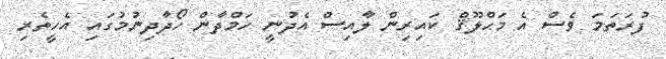
ފުރަތަަމަ ވެސް އެ މަޙްލޫޤް ކައިރިން ލާއިސް އެދުނީ ހަމްދާން ހޯދާދިނުމުގައި އެހީތެރި